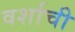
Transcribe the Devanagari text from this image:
वर्शाची